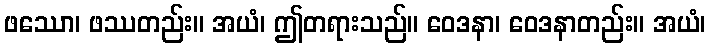
ဖဿော၊ ဖဿတည်း။ အယံ၊ ဤတရားသည်။ ဝေဒနာ၊ ဝေဒနာတည်း။ အယံ၊